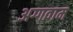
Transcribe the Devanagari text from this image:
अग्गवाम